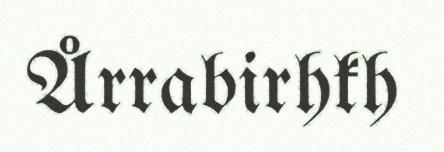
Årrabirhkh